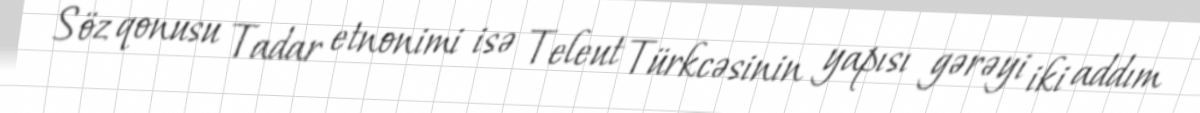
Söz qonusu Tadar etnonimi isə Teleut Türkcəsinin yapısı gərəyi iki addım